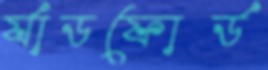
র‍্যাডফোর্ড